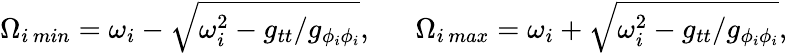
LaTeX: \Omega_{i\, min}=\omega_{i}-\sqrt{\omega_{i}^{2}-g_{tt}/g_{\phi_{i}\phi_{i}}},\ \ \ \ \ \ \Omega_{i\, max}=\omega_{i}+\sqrt{\omega_{i}^{2}-g_{tt}/g_{\phi_{i}\phi_{i}}},